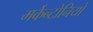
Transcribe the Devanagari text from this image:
मर्केन्टोनियो